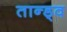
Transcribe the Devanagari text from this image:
तान्ड्व